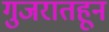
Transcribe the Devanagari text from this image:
गुजरातहून